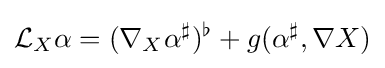
{\mathcal {L}}_{X}\alpha =(\nabla _{X}\alpha ^{\sharp })^{\flat }+g(\alpha ^{\sharp },\nabla X)